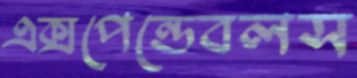
এক্সপেন্ডেবলস